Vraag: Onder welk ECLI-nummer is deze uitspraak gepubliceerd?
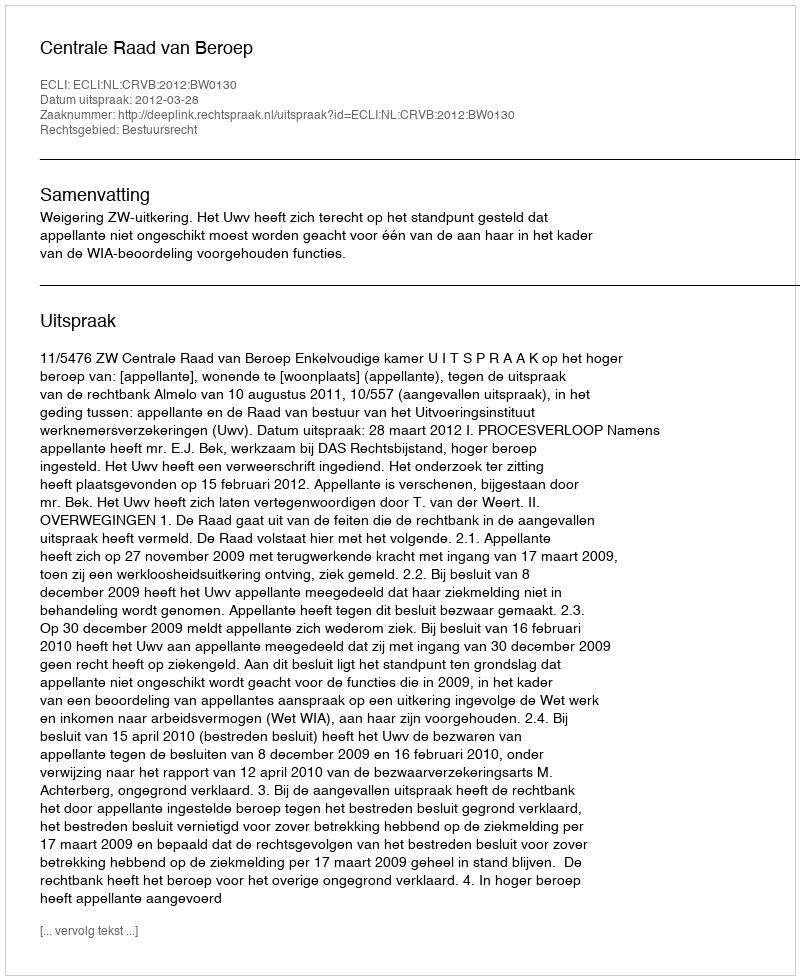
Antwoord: ECLI:NL:CRVB:2012:BW0130